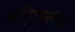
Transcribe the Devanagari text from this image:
नदीपत्तन